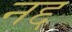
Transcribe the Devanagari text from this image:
नद्द